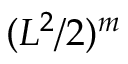
( L ^ { 2 } / 2 ) ^ { m }